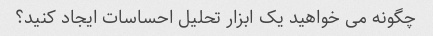
چگونه می خواهید یک ابزار تحلیل احساسات ایجاد کنید؟